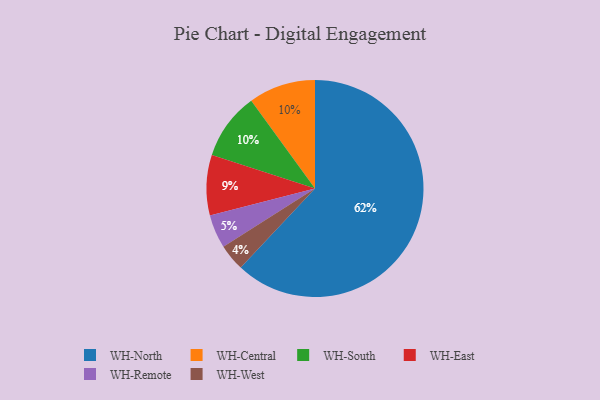
{"axis": {"x": "Category", "y": "Percentage"}, "legend": ["WH-Central", "WH-East", "WH-North", "WH-Remote", "WH-South", "WH-West"], "data": [{"x": "WH-Remote", "y": 5, "type": "WH-Remote"}, {"x": "WH-East", "y": 9, "type": "WH-East"}, {"x": "WH-Central", "y": 10, "type": "WH-Central"}, {"x": "WH-North", "y": 62, "type": "WH-North"}, {"x": "WH-South", "y": 10, "type": "WH-South"}, {"x": "WH-West", "y": 4, "type": "WH-West"}]}